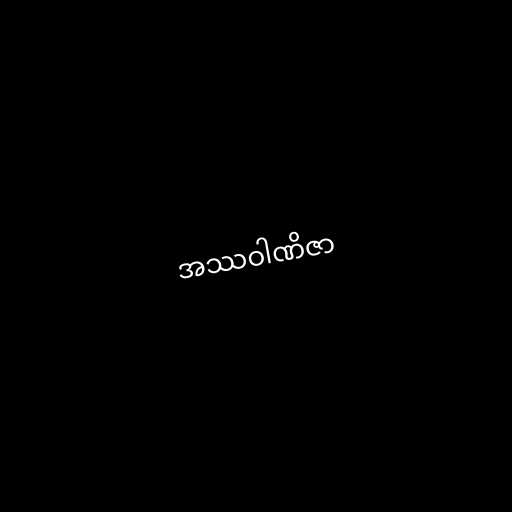
အဿဝါဏိဇာ